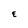
Character: E